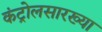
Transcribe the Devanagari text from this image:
कंट्रोलसारख्या